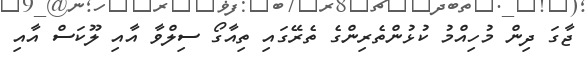
ޖާގަ ދިން މުހިއްމު ކުޅުންތެރިންގެ ތެރޭގައި ތިއާގޯ ސިލްވާ އާއި ލޫކަސް އާއި